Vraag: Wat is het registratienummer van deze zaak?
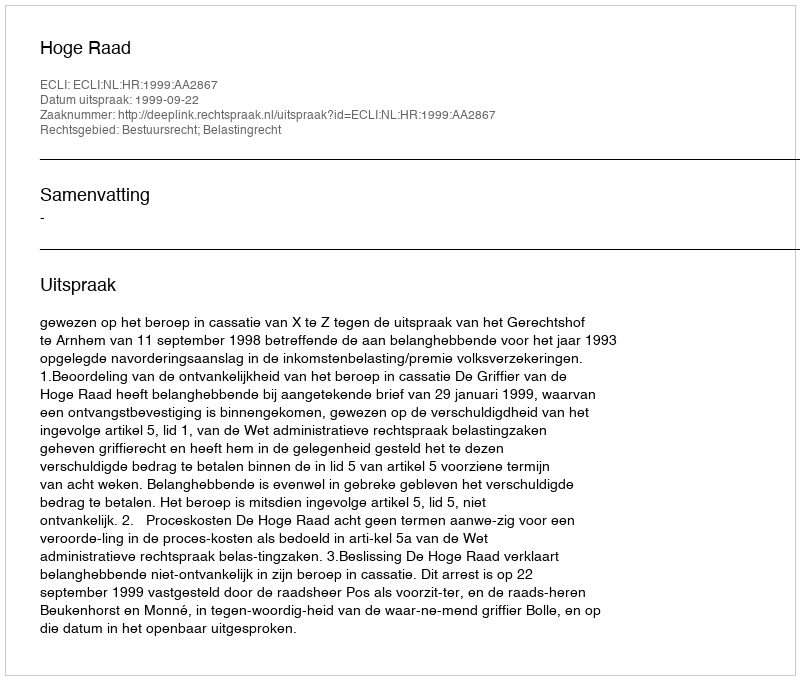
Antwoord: http://deeplink.rechtspraak.nl/uitspraak?id=ECLI:NL:HR:1999:AA2867